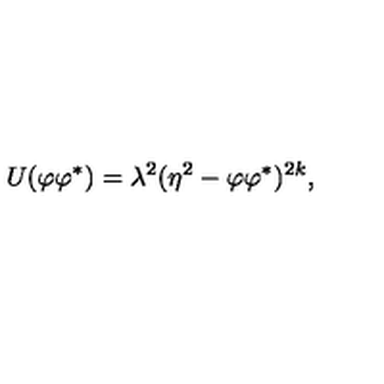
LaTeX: U ( \varphi \varphi ^ { \ast } ) = \lambda ^ { 2 } ( \eta ^ { 2 } - \varphi \varphi ^ { \ast } ) ^ { 2 k } ,